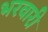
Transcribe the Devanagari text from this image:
भरवारी